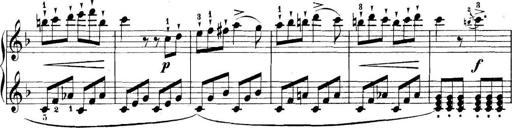
Title: 11 Sonatinas
Composer: Anton Diabelli